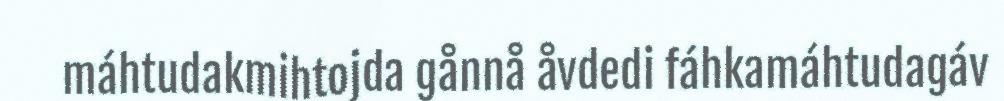
máhtudakmihtojda gånnå åvdedi fáhkamáhtudagáv